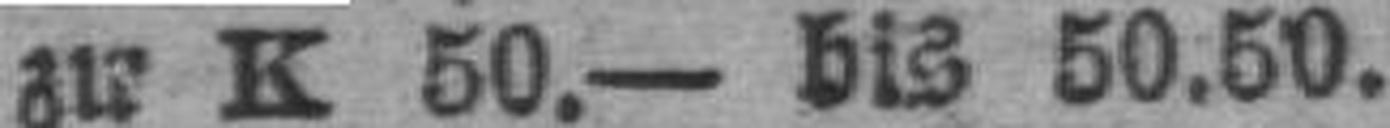
zu K 50.— bis 50.50.